Papers set at the Examination for Leaving Certificates, 1892
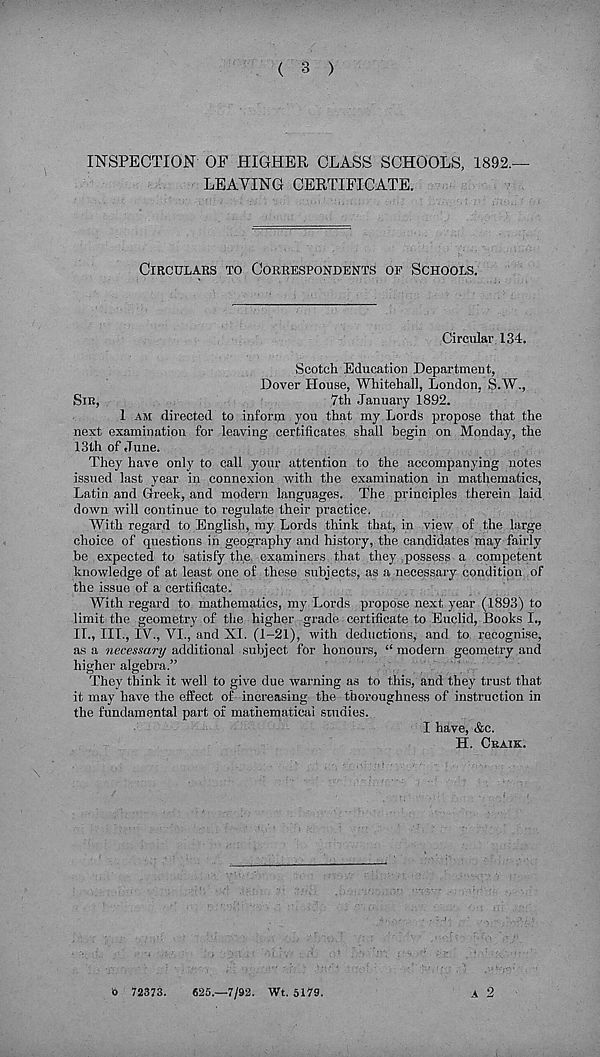
( 3 )
INSPECTION OF HIGHER CLASS SCHOOLS, 1892.—
LEAVING CERTIFICATE.
CIRCULARS TO CORRESPONDENTS OF SCHOOLS.
Circular 134.
Scotch Education Department,
Dover House, Whitehall, London, S.W.,
SIR,
7th January 1892.
1 AM directed to inform you that my Lords propose that the
nest examination for leaving certificates shall begin on Monday, the
13th of June.
They have only to call your attention to the accompanying notes
issued last year in connexion with the examination in mathematics,
Latin and Greek, and modern languages. The principles therein laid
down will continue to regulate their practice.
With regard to English, my Lords think that, in view of the large
choice of questions in geography and history, the candidates may fairly
be expected to satisfy the. examiners that they possess a competent
knowledge of at least one of these subjects, as a necessary condition of
the issue of a certificate.
With regard to mathematics, my Lords propose next year (1893) to
limit the geometry of the higher grade certificate to Euclid, Books I.,
II., III., IV., VI., and XI. (1-21), with deductions, and to recognise,
as a necessary additional subject for honours, “ modern geometry and
higher algebra.”
They think it well to give due warning as to this, and they trust that
it may have the effect of increasing the thoroughness of instruction in
the fundamental part of mathematical studies.
I have, &c.
H. CRAIK.
A 2
6 72373.
625.-7/92. Wt. 5179.